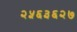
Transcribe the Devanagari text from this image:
२५६३६२७